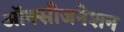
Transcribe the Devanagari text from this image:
ऑक्सीजनेशन